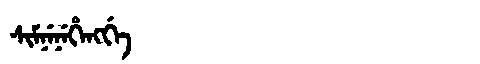
Manchu: ᠰᡳᠮᠨᡝᠨᡝᡥᡝᠩᡤᡝ
Romanization: SIMNENEHENGGE